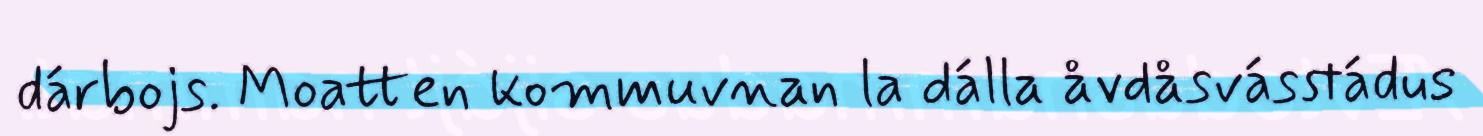
dárbojs. Moatten kommuvnan la dálla åvdåsvásstádus